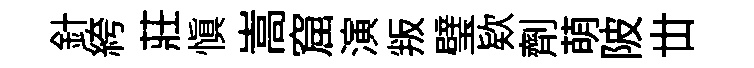
針絝莊愼嵩窟演叛璧欵劑萌陂丗